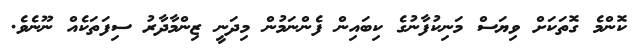
ކޮންމެ ގޮތަކަށް ވިޔަސް މަނިކުފާނުގެ ކިބައިން ފެންނަމުން މިދަނީ ޒިންމާދާރު ސިފަތަކެއް ނޫނެވެ.